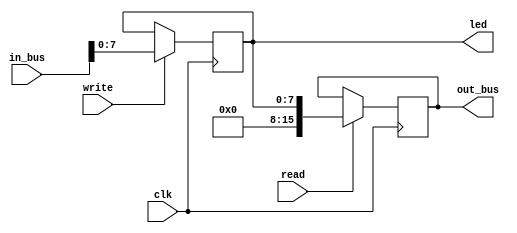
module led_driver(
	input clk,
	input read,
	input write,
	input [15:0] in_bus,
	output reg [15:0] out_bus,
	output reg [7:0] led = 0
	);
	
	always @ (posedge clk) begin
		if (read) begin
			out_bus <= led;
		end
		if (write) begin
			led <= in_bus;
		end
	end
endmodule